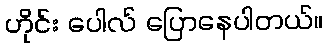
ဟိုင်း ပေါလ် ပြောနေပါတယ်။